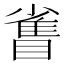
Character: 𪾻